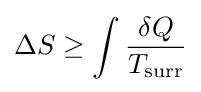
\Delta S\geq \int {\frac {\delta Q}{T_{\text{surr}}}}